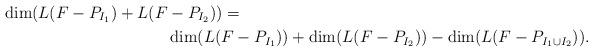
LaTeX: \begin{align*}\dim (L(F-P_{I_1}) + L(F & -P_{I_2})) = \\& \dim (L(F-P_{I_1}) ) + \dim (L(F-P_{I_2})) - \dim (L(F - P_{I_1 \cup I_2})).\end{align*}